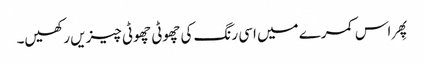
پِھر اس کمرے میں اسی رنگ کی چھوٹی چھوٹی چیزیں رکھیں۔